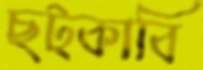
ছট্‌কাবি